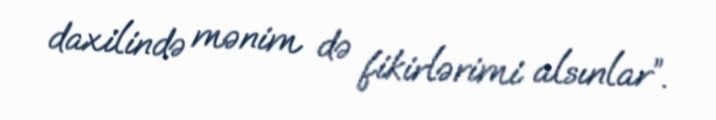
daxilində mənim də fikirlərimi alsınlar”.